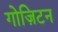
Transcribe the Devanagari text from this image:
गोज़िटन